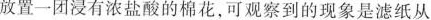
放置一团浸有浓盐酸的棉花，可观察到的现象是滤纸从